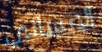
الإنساني